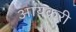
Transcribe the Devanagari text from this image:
आयकरी